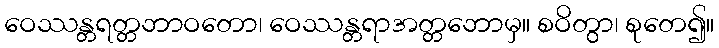
ဝေဿန္တရတ္တဘာဝတော၊ ဝေဿန္တရာအတ္တဘောမှ။ စဝိတွာ၊ စုတေ၍။